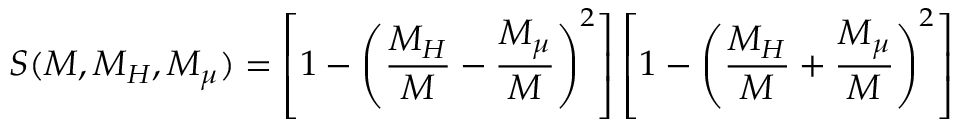
{ \cal S } ( M , M _ { H } , M _ { \mu } ) = \left[ 1 - \left( { \frac { M _ { H } } M } - { \frac { M _ { \mu } } M } \right) ^ { 2 } \right] \left[ 1 - \left( { \frac { M _ { H } } M } + { \frac { M _ { \mu } } M } \right) ^ { 2 } \right]